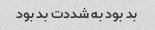
بد بود به شددت بد بود